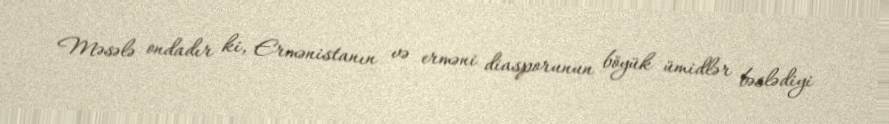
Məsələ ondadır ki, Ermənistanın və erməni diasporunun böyük ümidlər bəslədiyi